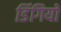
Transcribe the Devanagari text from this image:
डिंगियों